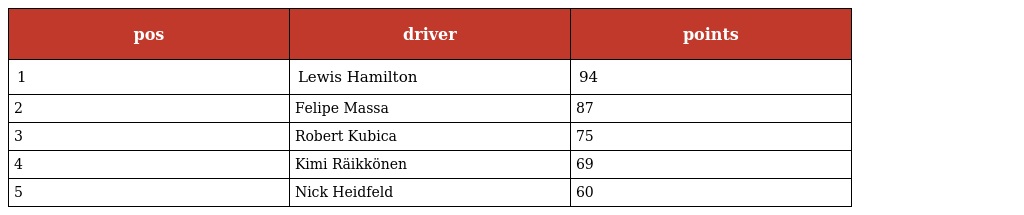
| pos | driver | points |
 | --- | --- | --- |
 | 1 | Lewis Hamilton | 94 |
 | 2 | Felipe Massa | 87 |
 | 3 | Robert Kubica | 75 |
 | 4 | Kimi Räikkönen | 69 |
 | 5 | Nick Heidfeld | 60 |